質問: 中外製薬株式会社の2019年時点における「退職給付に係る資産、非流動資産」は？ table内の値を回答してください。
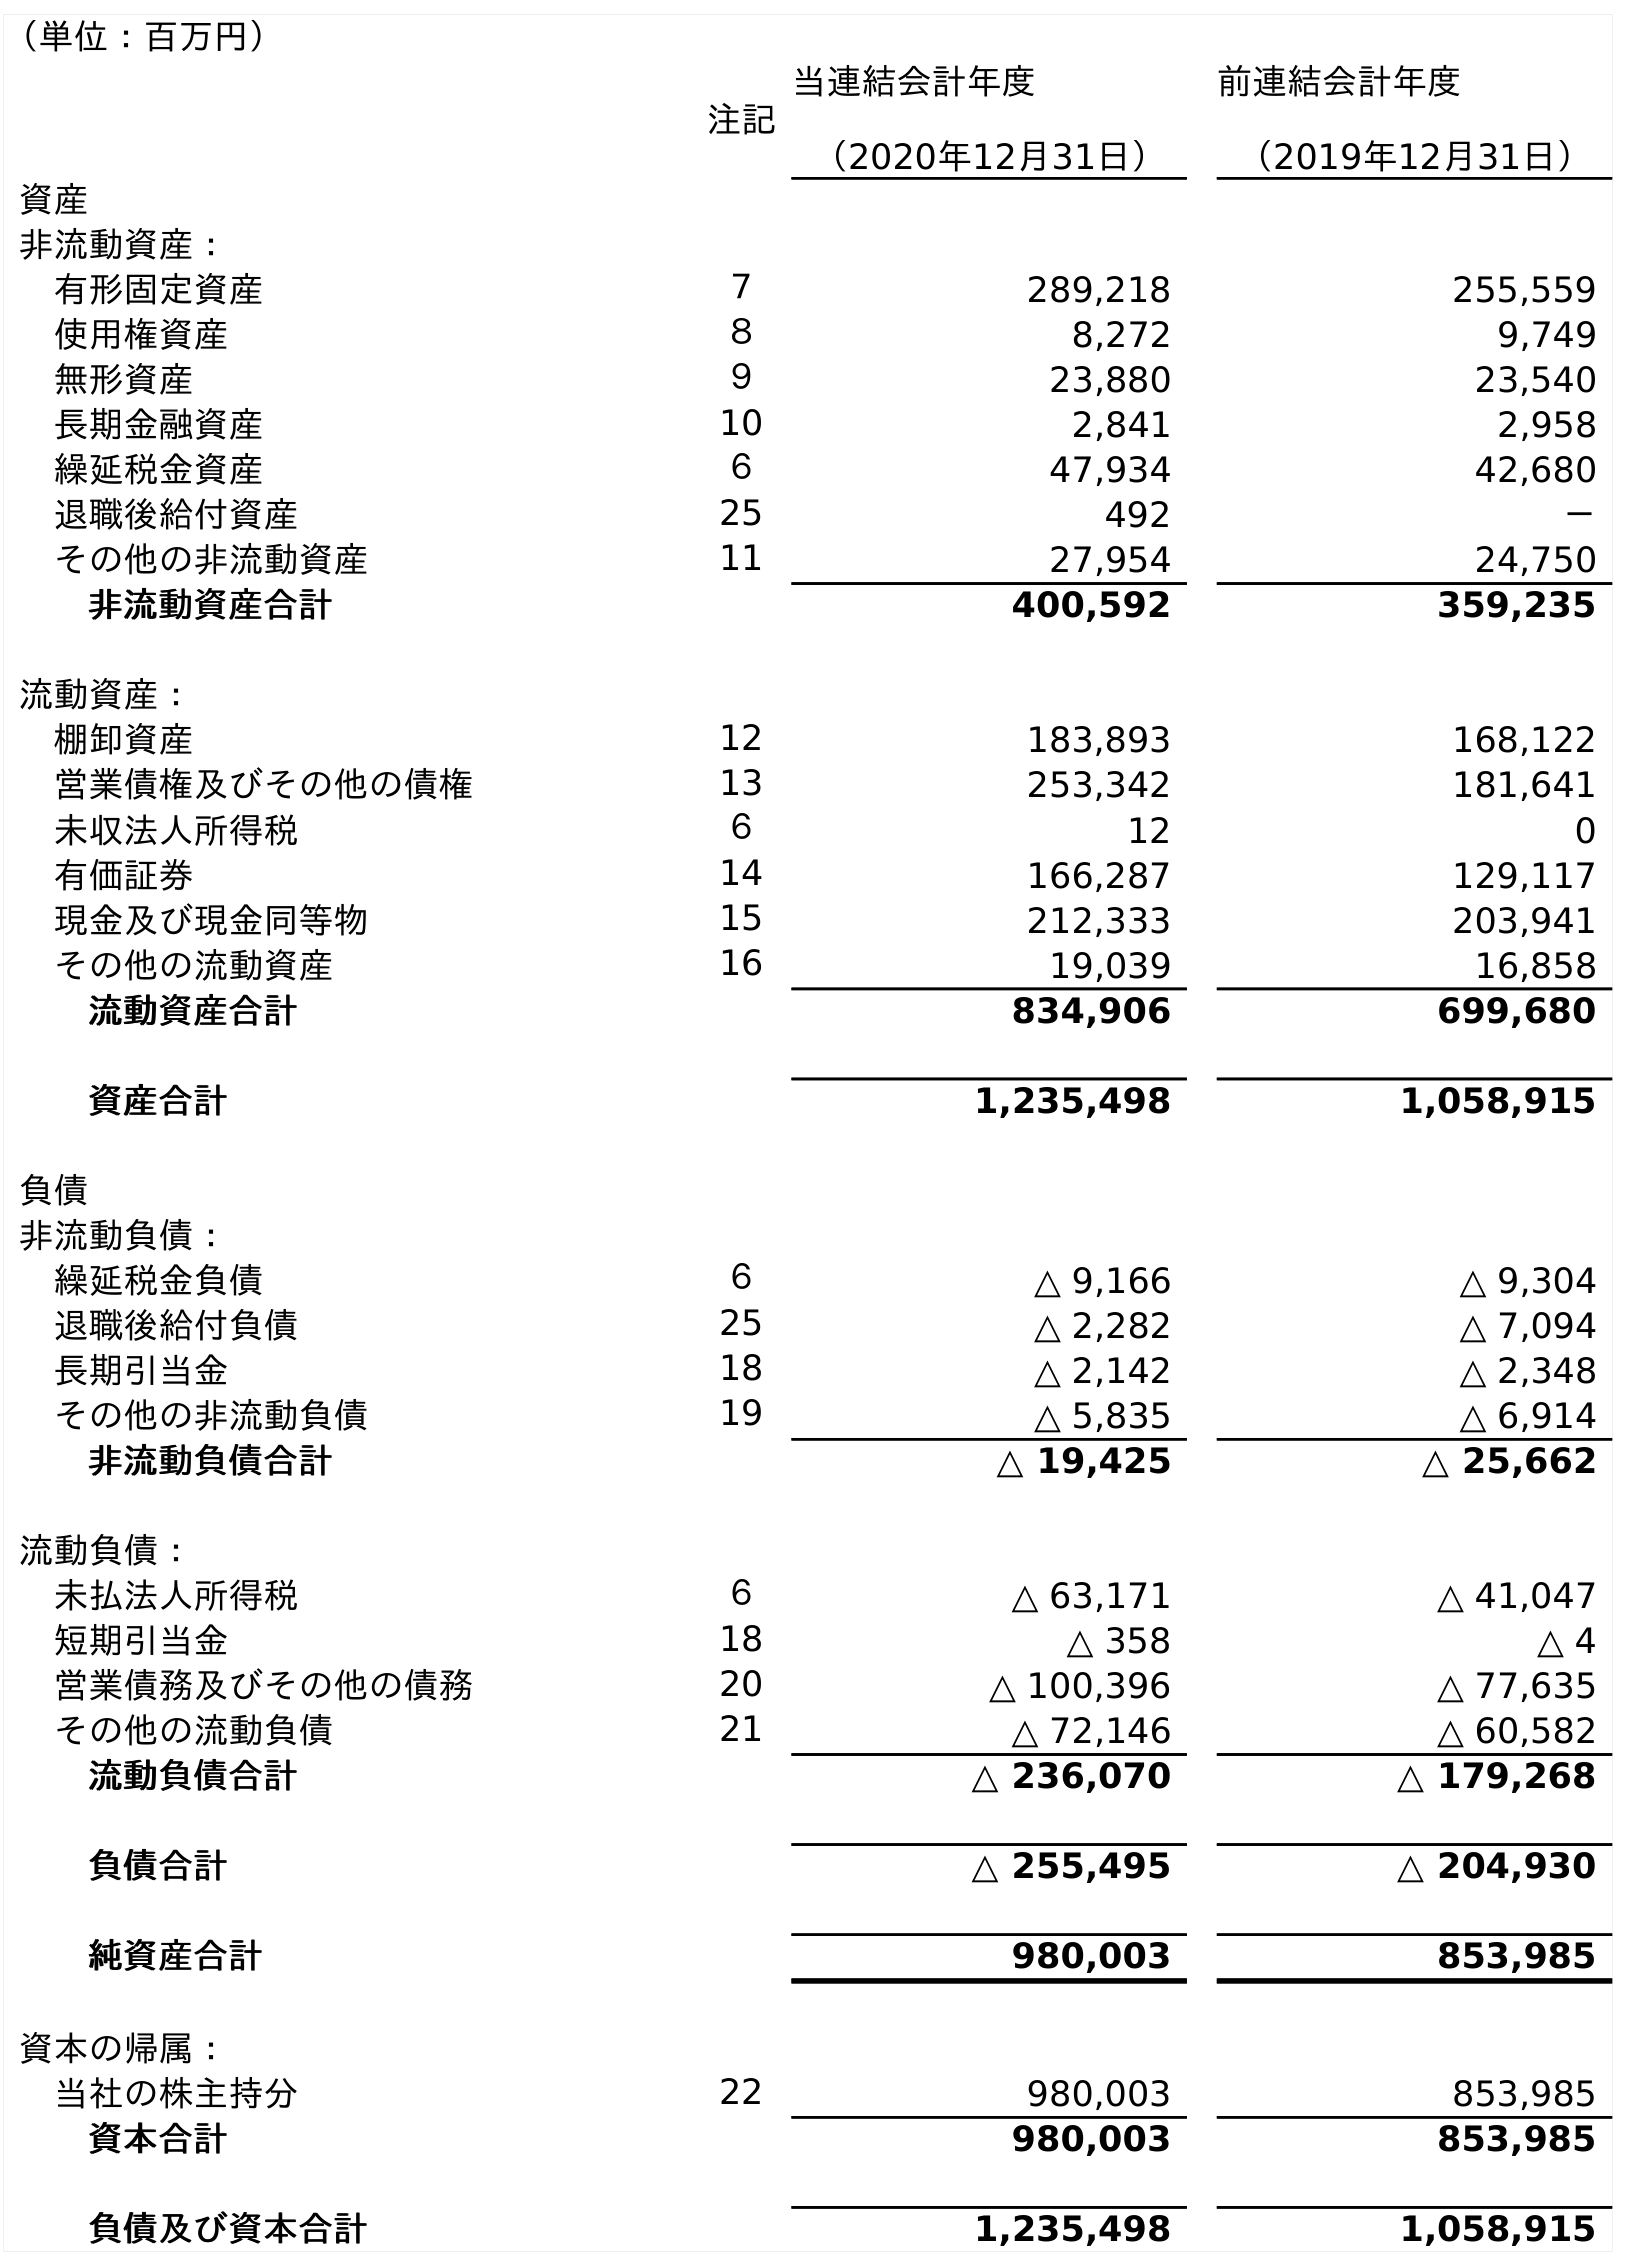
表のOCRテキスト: （単位：百万円） 注記 当連結会計年度 （2020年12月31日） 前連結会計年度 （2019年12月31日） 資産 非流動資産： 有形固定資産 ７ 289,218 255,559 使用権資産 ８ 8,272 9,749 無形資産 ９ 23,880 23,540 長期金融資産 10 2,841 2,958 繰延税金資産 ６ 47,934 42,680 退職後給付資産 25 492 － その他の非流動資産 11 27,954 24,750 非流動資産合計 400,592 359,235 流動資産： 棚卸資産 12 183,893 168,122 営業債権及びその他の債権 13 253,342 181,641 未収法人所得税 ６ 12 0 有価証券 14 166,287 129,117 現金及び現金同等物 15 212,333 203,941 その他の流動資産 16 19,039 16,858 流動資産合計 834,906 699,680 資産合計 1,235,498 1,058,915 負債 非流動負債： 繰延税金負債 ６ △ 9,166 △ 9,304 退職後給付負債 25 △ 2,282 △ 7,094 長期引当金 18 △ 2,142 △ 2,348 その他の非流動負債 19 △ 5,835 △ 6,914 非流動負債合計 △ 19,425 △ 25,662 流動負債： 未払法人所得税 ６ △ 63,171 △ 41,047 短期引当金 18 △ 358 △ 4 営業債務及びその他の債務 20 △ 100,396 △ 77,635 その他の流動負債 21 △ 72,146 △ 60,582 流動負債合計 △ 236,070 △ 179,268 負債合計 △ 255,495 △ 204,930 純資産合計 980,003 853,985 資本の帰属： 当社の株主持分 22 980,003 853,985 資本合計 980,003 853,985 負債及び資本合計 1,235,498 1,058,915
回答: －